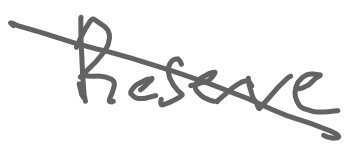
Text: Reserve
Cross-out: diagonal
Writing tool: digital_gray